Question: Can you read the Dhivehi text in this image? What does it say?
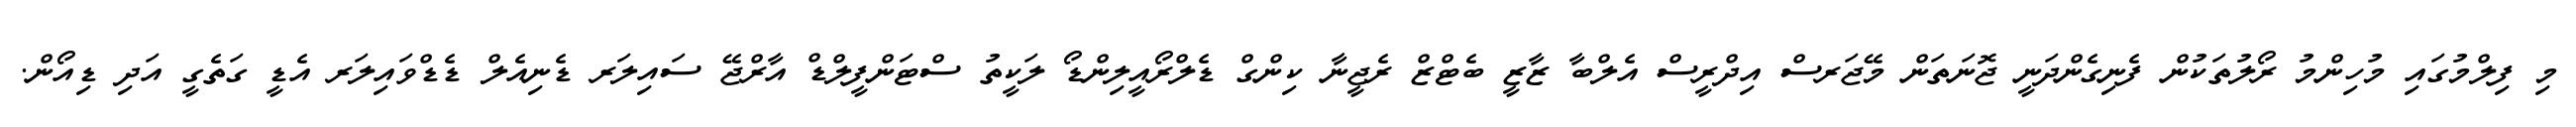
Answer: މި ފިލްމުގައި މުހިންމު ރޯލުތަކުން ފެނިގެންދަނީ ޖޮނަތަން މޭޖަރސް އިދްރީސް އެލްބާ ޒާޒީ ބެޓްޒް ރެޖީނާ ކިންގް ޑެލްރޯއީލިންޑޯ ލަކީތު ސްޓަންފީލްޑް އާރްޖޭ ސައިލަރ ޑެނިއެލް ޑެޑްވައިލަރ އެޑީ ގަތެގީ އަދި ޑިއޯން.